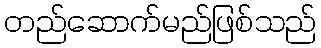
တည်ဆောက်မည်ဖြစ်သည်